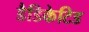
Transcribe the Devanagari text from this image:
डैडिकेटिड